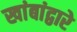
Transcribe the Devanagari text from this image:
खांबांद्वारे